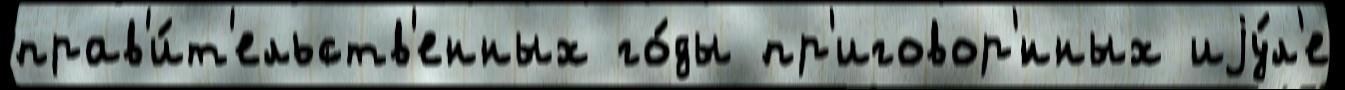
прав'и́т'ельств'енных го́ды пр'иговор'́нных иjу́л'е